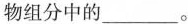
物组分中的___。